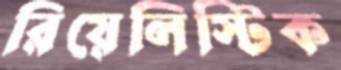
রিয়েলিস্টিক